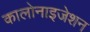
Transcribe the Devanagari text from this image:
कालोनाइजेशन